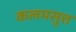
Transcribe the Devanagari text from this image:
कलमसुत्त